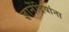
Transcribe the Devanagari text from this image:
ज्ञानेंद्रियांना